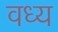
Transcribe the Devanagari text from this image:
वध्य